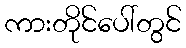
ကားတိုင်ပေါ်တွင်